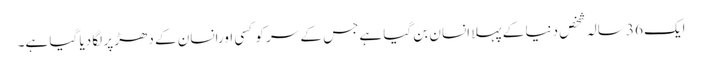
ایک 36 سالہ شخص دنیا کے پہلا انسان بن گیا ہےجس کے سر کو کسی اورانسان کے دھڑ پر لگا دیا گیا ہے۔